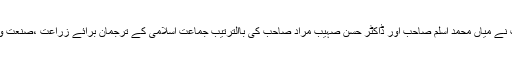
٭	قیم جماعت نے بتایا کہ محترم امیرجماعت نے میاں محمد اسلم صاحب اور ڈاکٹر حسن صہیب مراد صاحب کی باالترتیب جماعت اسلامی کے ترجمان برائے زراعت ،صنعت وتجارت اور تعلیم کے طور پر تقرری کی ہے۔